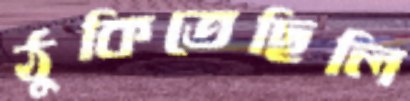
ঠুকিতেছিলি